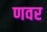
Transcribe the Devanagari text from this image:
णवर